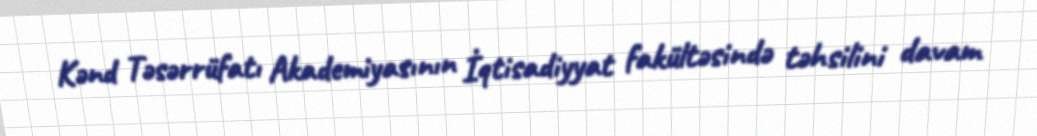
Kənd Təsərrüfatı Akademiyasının İqtisadiyyat fakültəsində təhsilini davam